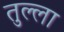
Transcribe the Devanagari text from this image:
तुल्ला